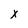
Character: x